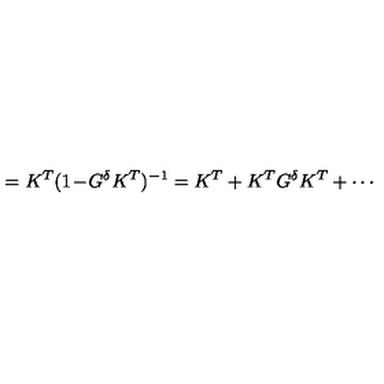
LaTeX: = K ^ { T } ( 1 \! - \! G ^ { \delta } K ^ { T } ) ^ { - 1 } = K ^ { T } + K ^ { T } G ^ { \delta } K ^ { T } + \cdots